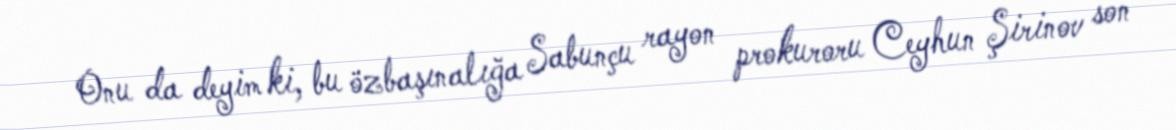
Onu da deyim ki, bu özbaşınalığa Sabunçu rayon prokuroru Ceyhun Şirinov son